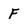
Character: f